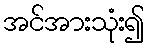
အင်အားသုံး၍